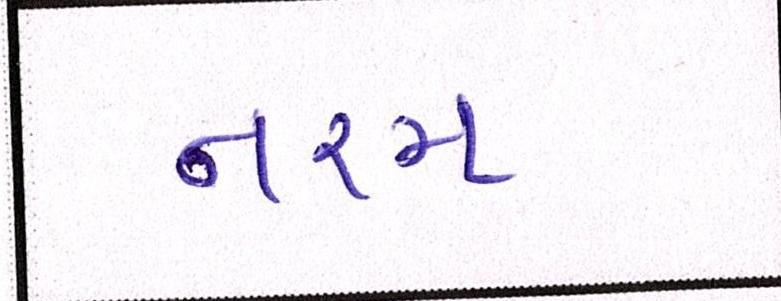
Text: નરમ